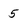
Character: 5